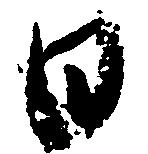
日